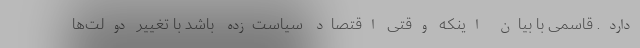
دارد. قاسمی با بیان اینکه وقتی اقتصاد سیاست‌زده باشد با تغییر دولت‌ها